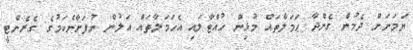
ޔަމަނަށް ދެމުން ގެންދާ ޙަމަލާތައް މުޅިން ހުއްޓާލައި އެޙަމަލާތައް އަލުން ނުފަށާނެކަމުގެ ގެރެންޓީ